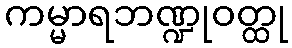
ကမ္မာရဘဏ္ဍုဝတ္ထု